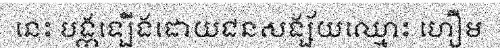
នេះ បង្កឡើងដោយជនសង្ស័យឈ្មោះ ហឿម